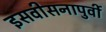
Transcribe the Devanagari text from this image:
इसवीसनापुर्वी